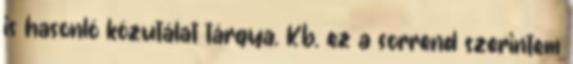
is hasonló közutálat tárgya. Kb. ez a sorrend szerintem